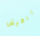
راكيش